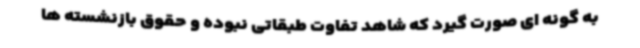
به گونه ای صورت گیرد که شاهد تفاوت طبقاتی نبوده و حقوق بازنشسته ها